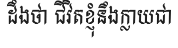
ដឹងថា ជីវិតខ្ញុំនឹងក្លាយជា